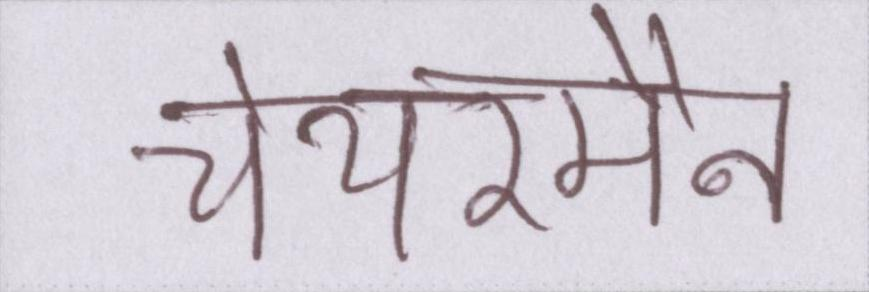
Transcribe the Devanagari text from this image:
चेयरमैन